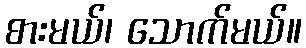
စားမယ်၊ သောက်မယ်။